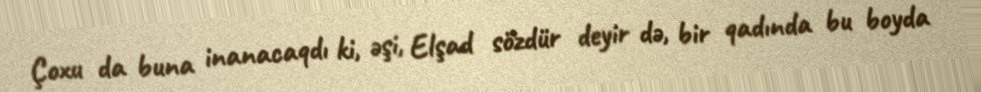
Çoxu da buna inanacaqdı ki, əşi, Elşad sözdür deyir də, bir qadında bu boyda